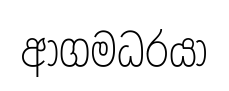
ආගමධරයා